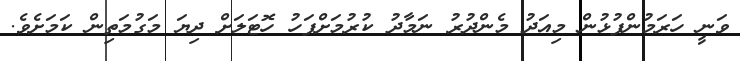
ވަނީ ހަރަމުންފުޅުން މިއަދު މެންދުރު ނަމާދު ކުރުމަށްފަހު ހޮޓަލަށް ދިޔަ މަގުމަތިން ކަމަށެވެ.